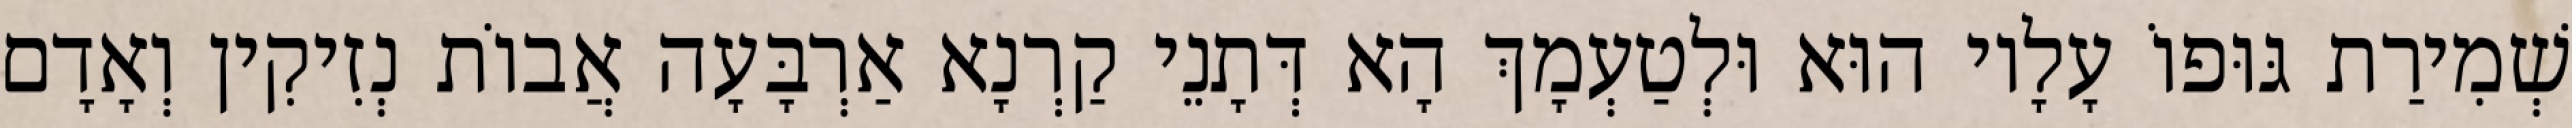
שְׁמִירַת גּוּפוֹ עָלָיו הוּא וּלְטַעְמָךְ הָא דְּתָנֵי קַרְנָא אַרְבָּעָה אֲבוֹת נְזִיקִין וְאָדָם